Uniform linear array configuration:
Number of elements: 24
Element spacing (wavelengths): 0.5
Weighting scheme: blackman
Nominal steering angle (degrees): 60
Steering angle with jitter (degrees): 59.764
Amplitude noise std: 0.05
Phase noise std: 0.05

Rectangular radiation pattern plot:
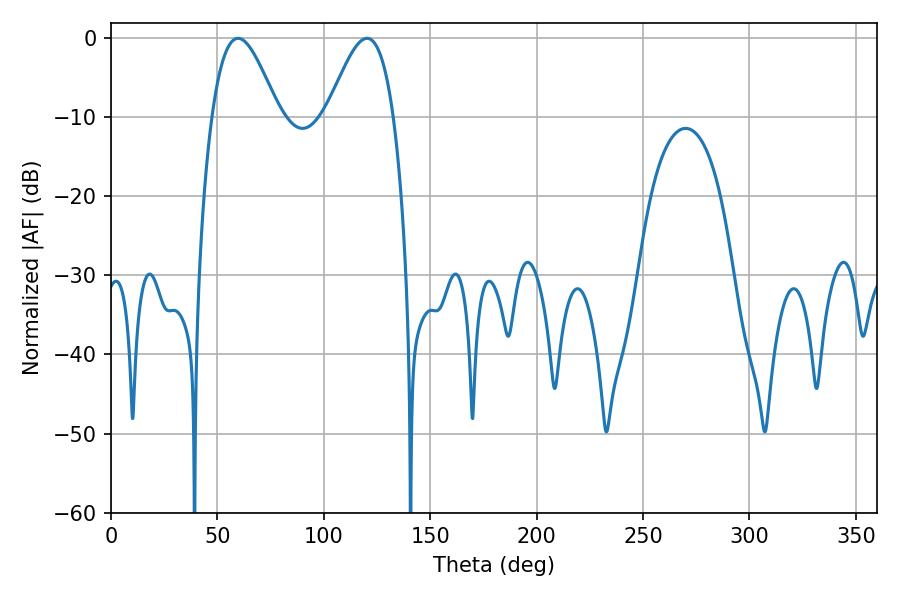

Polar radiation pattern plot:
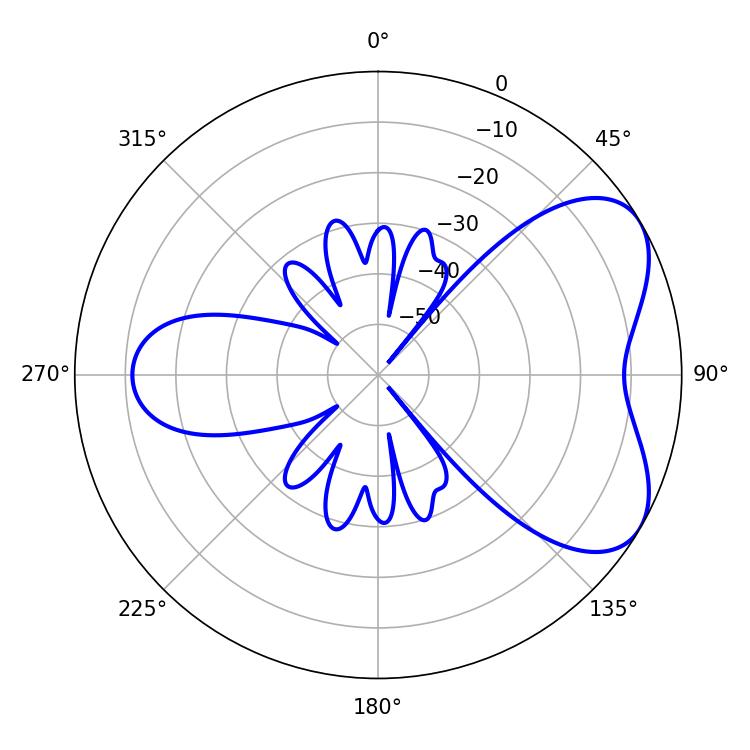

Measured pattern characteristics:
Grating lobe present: FALSE
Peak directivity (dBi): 5.552
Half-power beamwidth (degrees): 16.74
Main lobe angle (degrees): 120.24